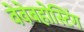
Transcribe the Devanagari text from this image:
वेवेबहोस्टिंग